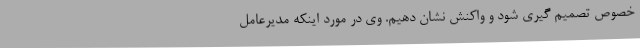
خصوص تصمیم گیری شود و واکنش نشان دهیم. وی در مورد اینکه مدیرعامل